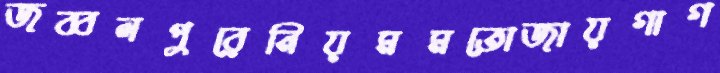
জব্বলপুরেনিয়মমতোজায়গাগ